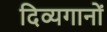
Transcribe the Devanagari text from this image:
दिव्यगानों